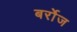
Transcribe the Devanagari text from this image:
बर्रोज